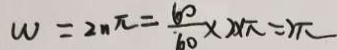
w = 2 n \pi = \frac { 6 0 } { 6 0 } \times 2 \times \pi = 2 \pi